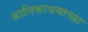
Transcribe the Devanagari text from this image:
बालिकाश्रमाच्या